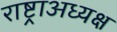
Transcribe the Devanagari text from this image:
राष्ट्राअध्यक्ष